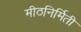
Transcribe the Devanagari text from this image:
मीठनिर्मिती